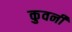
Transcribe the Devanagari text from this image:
कुवर्नी